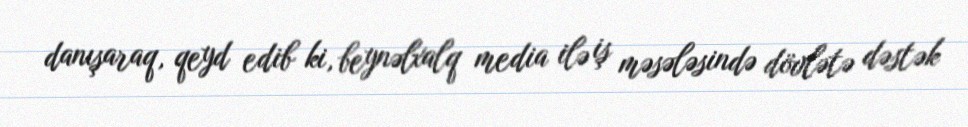
danışaraq, qeyd edib ki, beynəlxalq media ilə iş məsələsində dövlətə dəstək